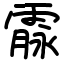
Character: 霡